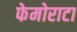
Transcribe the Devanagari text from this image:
फेमोराटा